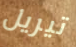
تيريل